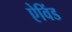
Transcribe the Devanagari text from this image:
ऐविंड